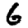
Digit: 6